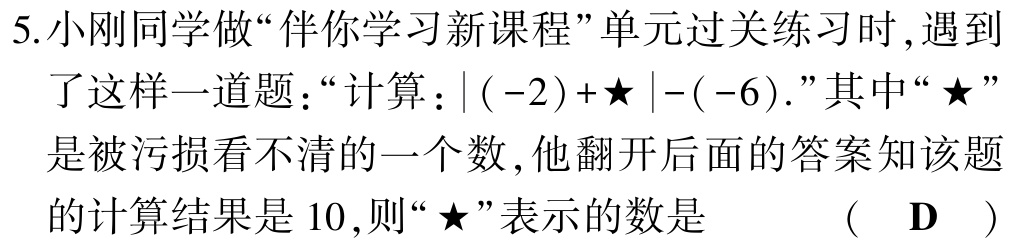
5.小刚同学做“伴你学习新课程”单元过关练习时,遇到

了这样一道题：“计算：\(\vert (-2)+\bigstar \vert -(-6).\)”其中“\(\bigstar\)”

是被污损看不清的一个数,他翻开后面的答案知该题

的计算结果是\(10\),则“\(\bigstar\)”表示的数是 （ D ）